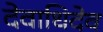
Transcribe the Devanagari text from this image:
देवाधिदेव